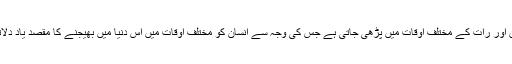
نماز دن اور رات کے مختلف اوقات میں پڑھی جاتی ہے جس کی وجہ سے انسان کو مختلف اوقات میں اس دنیا میں بھیجنے کا مقصد یاد دلاتی ہے۔